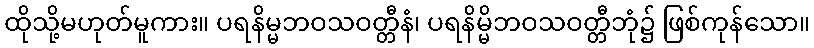
ထိုသို့မဟုတ်မူကား။ ပရနိမ္မဘဝသဝတ္တီနံ၊ ပရနိမ္မိဘဝသဝတ္တီဘုံ၌ ဖြစ်ကုန်သော။